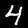
Digit: 4